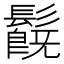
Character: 𩯂